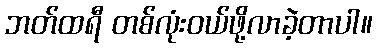
ဘတ်ထရီ တစ်လုံးဝယ်ဖို့လာခဲ့တာပါ။